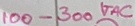
Text: 100-300VAC